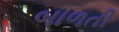
બાળતી